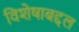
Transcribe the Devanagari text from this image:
विशेषाबद्दल